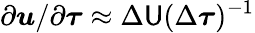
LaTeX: {\partial\boldsymbol{u}}/{\partial\boldsymbol{\tau}}\approx\Delta\mathsf{U}(\Delta\boldsymbol{\tau})^{-1}